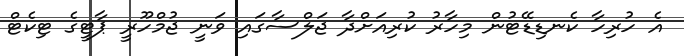
އެ ހުރިހާ ކެނޑިޑޭޓުން މިހާރު ކުރިއަށްދާ ޖަލްސާގައި ވަނީ ޖުމްހޫރީ ޕާޓީގެ ޓިކެޓް